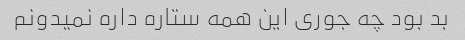
بد بود چه جوری این همه ستاره داره نمیدونم